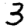
Digit: 3